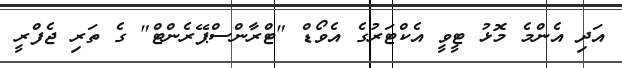
އަދި އެންމެ މޮޅު ޓީވީ އެކްޓަރުގެ އެވޯޑް "ޓްރާންސްޕޭރެންޓް" ގެ ތަރި ޖެފްރީ